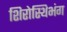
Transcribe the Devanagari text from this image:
शिरोस्थिभंग